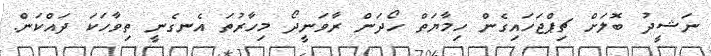
ނަޝީދު ބޮލަށް ޗިޕްޖަހައިގެން ހިމާޔަތް ހޯދަން ރާވަނީދޯ މިހާރުތަ އެނގެނީ ތިވާހަކަ ދައްކަން.